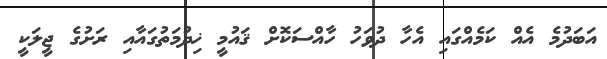
އަބަދުމެ އެއް ކަމެއްގައި އެހާ ދުވަހު ހާއްސަކޮށް ޤައުމީ ޚިދުމަތުގައާއި ރަށުގެ ޖީލަކީ